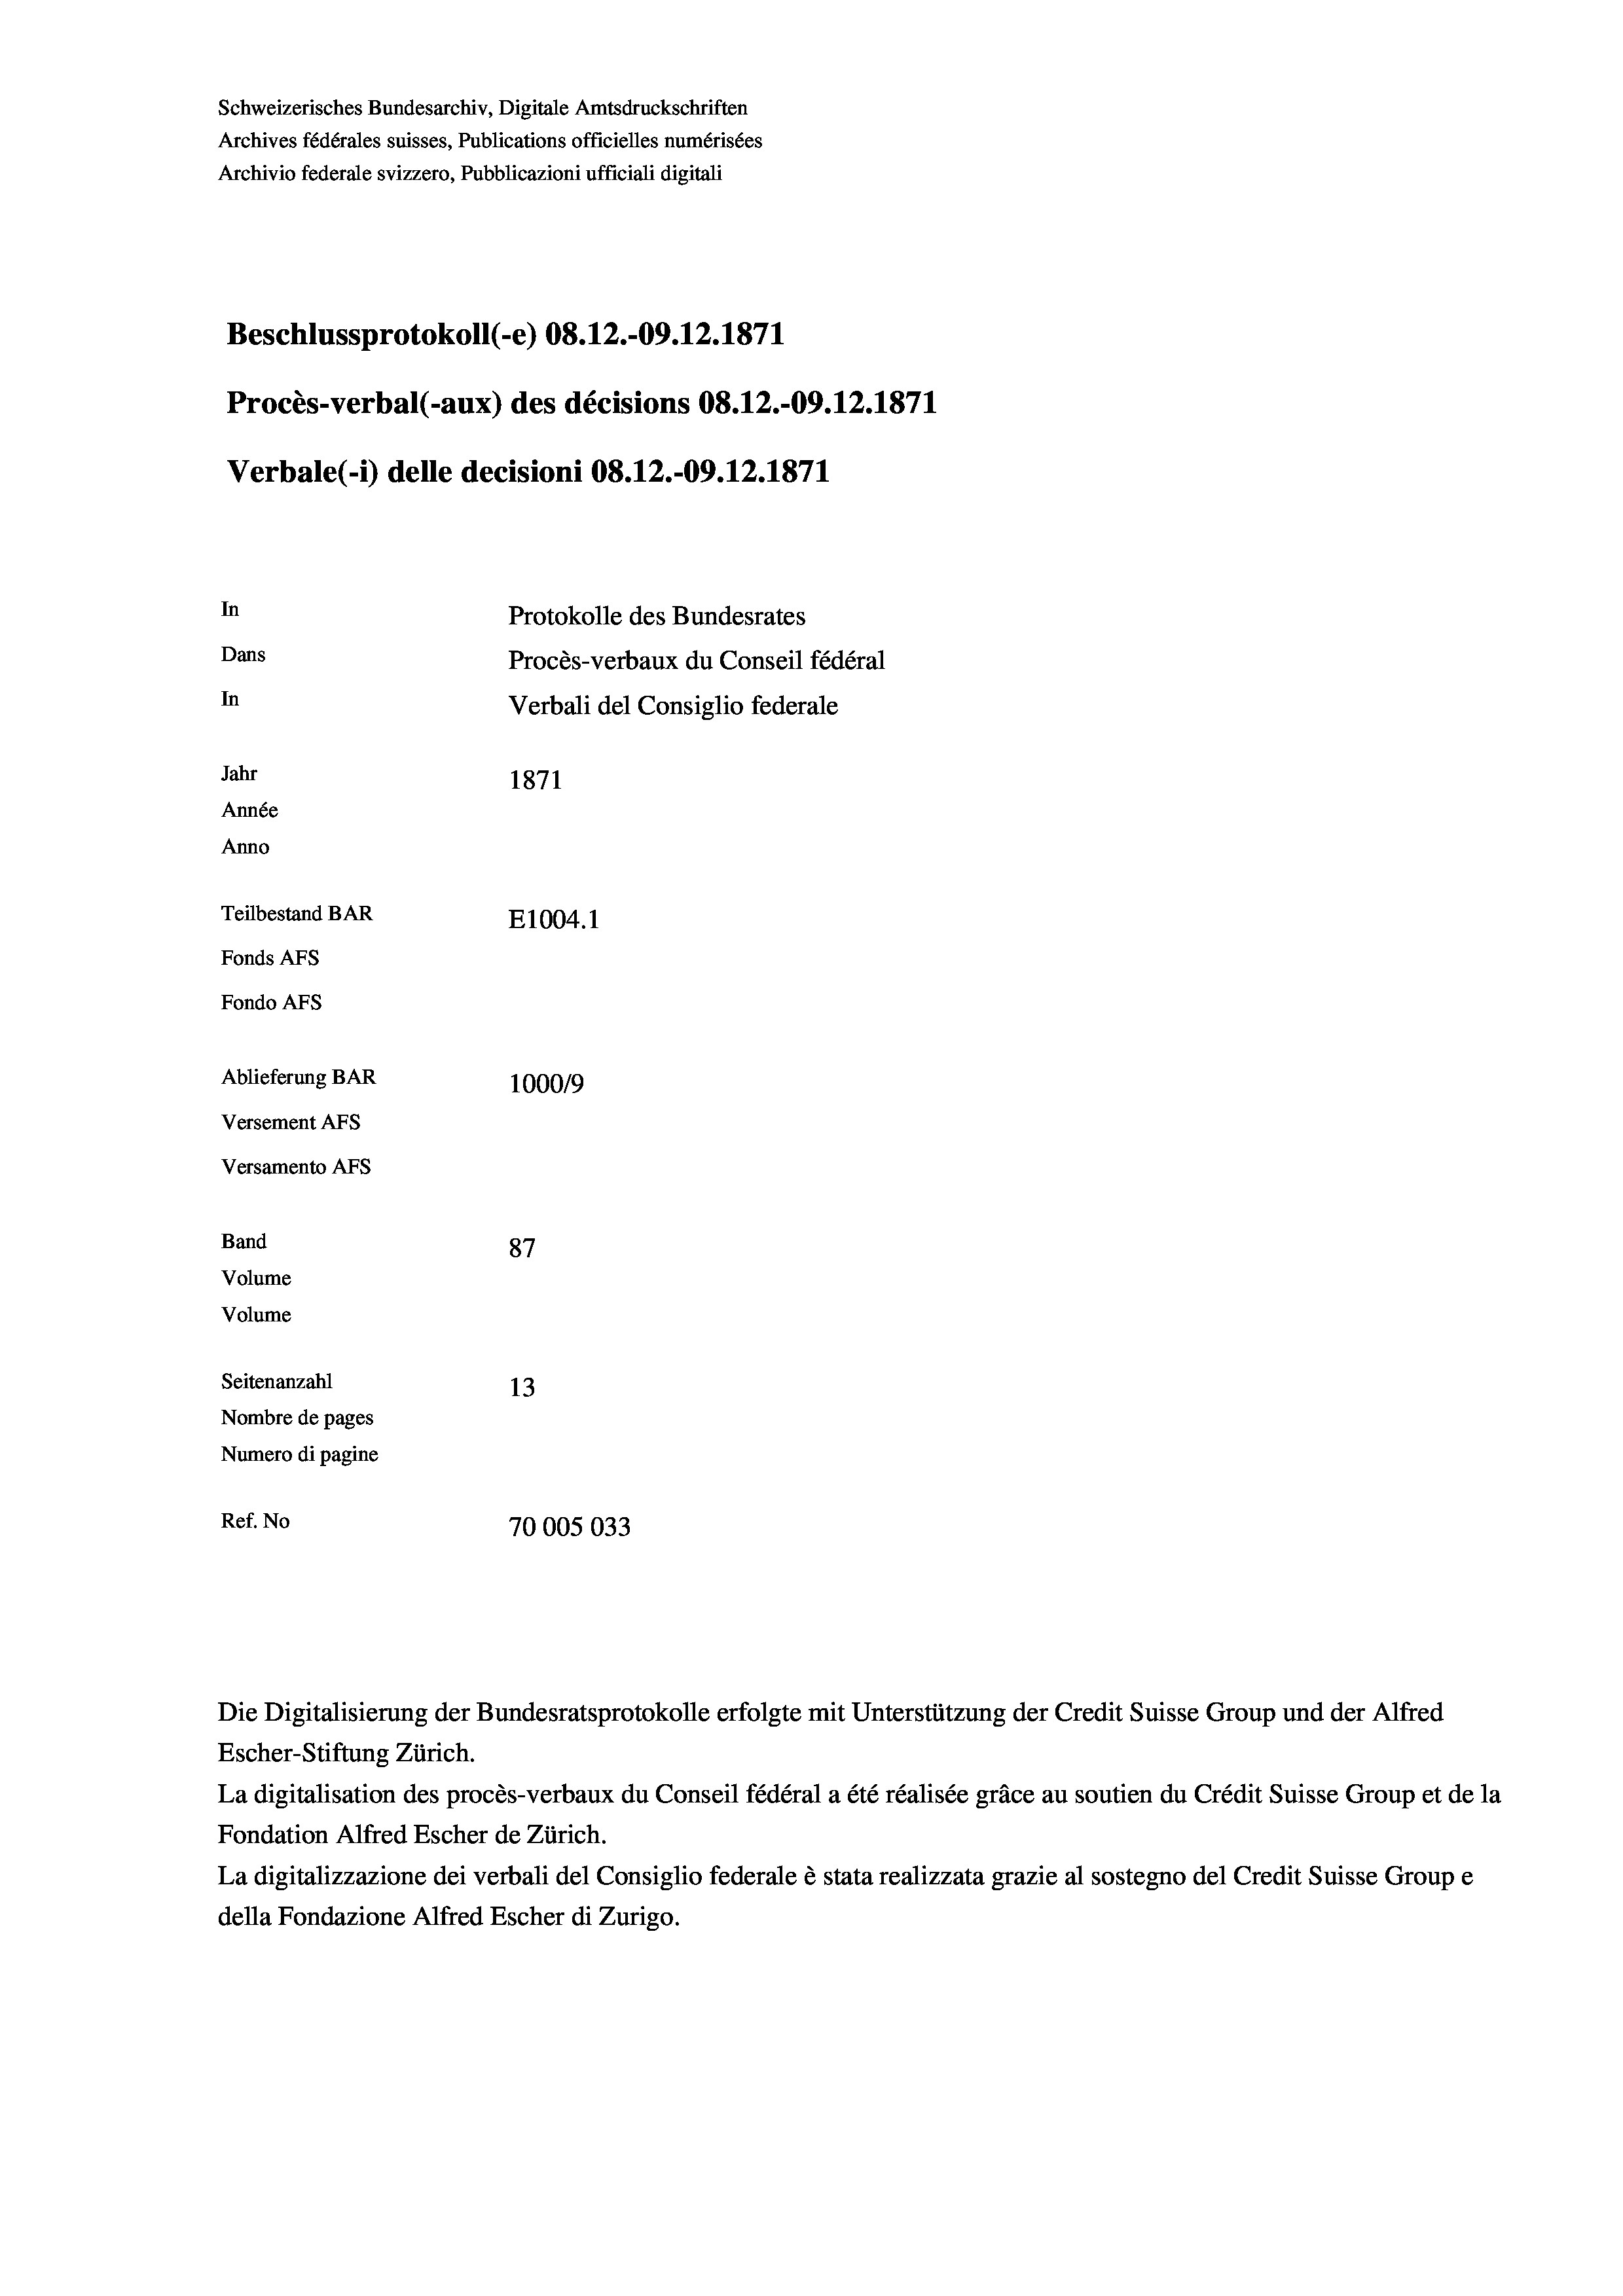
Schweizerisches Bundesarchiv, Digitale Amtsdruckschriften
Archives fédérales suisses, Publications officielles numérisées
Archivio federale svizzero, Pubblicazioni ufficiali digitali
Beschlussprotokoll (-e) 08.12.-09.12.1871
Procès-verbal (-aux) des décisions 08.12.-09.12.1871
Verbale(-*) delle decisioni 08.12.-09. 12. 1871
In
Protokolle des Bundesrates
Dans
Procès-verbaux du Conseil fédéral
In
Verbali del Consiglio federale
Jahr
1871
Année
Anno
Teilbestand BAR
E1004. 1
Fonds AFs
Fondo Afs
Ablieferung BAR
100019
Versement AFs
Versamento AFs
Band
87
Volume
Volume
Seitenanzahl
13
Nombre de pages
Numero di pagine
Ref. No
70005033

Die Digitalisierung der Bundesratsprotokolle erfolgte mit Unterstützung der Credit Suisse Group und der Alfred
Escher-Stiftung Zürich.
La digitalisation des procès-verbaux du Conseil fédéral a été réalisée gräce au soutien du Crédit Suisse Group et de la
Fondation Alfred Escher de Zürich.
La digitalizzazione dei verbali del Consiglio federale è stata realizzata grazie al sostegno del Credit Suisse Groupe
della Fondazione Alfred Escher di Zurigo.